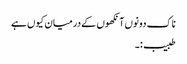
ناک دونوں آنکھوں کے درمیان کیوں ہے
طبیب:۔